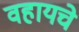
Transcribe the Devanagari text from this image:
वहायचे